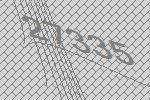
27335